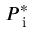
P _ { \textrm { i } } ^ { * }